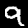
Digit: 9